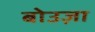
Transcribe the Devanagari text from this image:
बोउज़ा